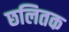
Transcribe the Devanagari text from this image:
छलितक